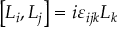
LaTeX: \left[ L _ { i } , L _ { j } \right] = i \varepsilon _ { i j k } L _ { k }